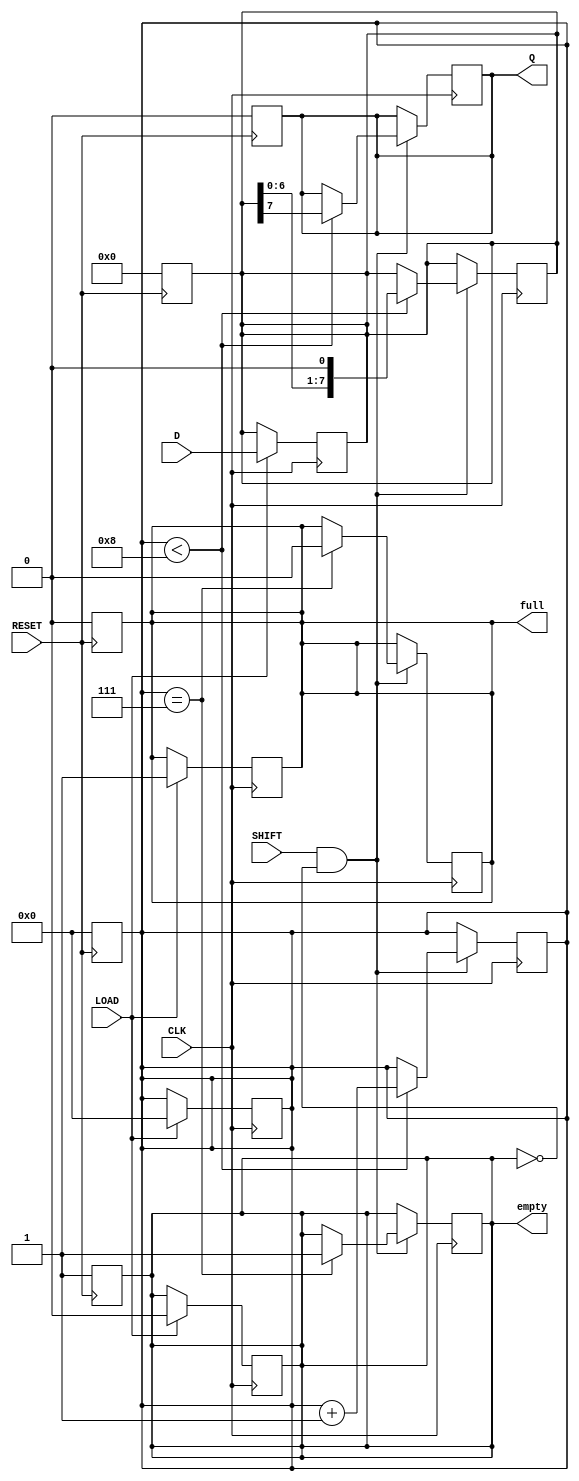
module TwoStagePISO #(
    parameter WIDTH = 8 // Define the width of the parallel input
)(
    input wire [WIDTH-1:0] D,      // Parallel data input
    input wire LOAD,                // Load signal
    input wire SHIFT,               // Shift signal
    input wire CLK,                 // Clock signal
    input wire RESET,               // Asynchronous reset
    output reg Q,                   // Serial output
    output reg full,                // Status flag: indicates if the register is full
    output reg empty                // Status flag: indicates if the register is empty
);

    // Internal registers for the two stages
    reg [WIDTH-1:0] input_reg;     // Input register (Stage 1)
    reg [WIDTH-1:0] output_reg;    // Output register (Stage 2)
    reg [3:0] shift_count;          // Counter for the number of shifts

    // Asynchronous reset
    always @(posedge RESET) begin
        input_reg <= 0;
        output_reg <= 0;
        Q <= 0;
        full <= 0;
        empty <= 1;
        shift_count <= 0;
    end

    // Loading data into the input register
    always @(posedge CLK) begin
        if (LOAD) begin
            input_reg <= D;          // Load parallel data into input register
            full <= 1;               // Set full flag
            empty <= 0;              // Clear empty flag
            shift_count <= 0;        // Reset shift count
        end
    end

    // Shifting data from input register to output register
    always @(posedge CLK) begin
        if (SHIFT && !empty) begin
            if (shift_count < WIDTH) begin
                output_reg <= {output_reg[WIDTH-2:0], input_reg[WIDTH-1]}; // Shift MSB out
                input_reg <= {input_reg[WIDTH-2:0], 1'b0}; // Shift input register
                Q <= input_reg[WIDTH-1]; // Output the MSB of the input register
                shift_count <= shift_count + 1; // Increment shift count
            end
            if (shift_count == WIDTH - 1) begin
                empty <= 1; // Set empty flag when all bits have been shifted out
                full <= 0;  // Clear full flag
            end
        end
    end

endmodule